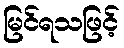
မြင်ရသဖြင့်